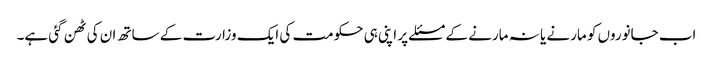
اب جانوروں کو مارنے یا نہ مارنے کے مسئلے پر اپنی ہی حکومت کی ایک وزارت کے ساتھ ان کی ٹھن گئی ہے۔